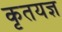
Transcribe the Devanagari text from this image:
कृतयज्ञ